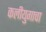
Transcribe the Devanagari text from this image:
कलीयुगाचा